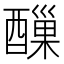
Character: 𨢪